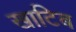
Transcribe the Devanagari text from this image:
खाटिब